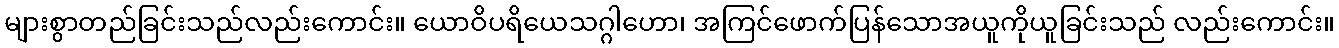
များစွာတည်ခြင်းသည်လည်းကောင်း။ ယောဝိပရိယေသဂ္ဂါဟော၊ အကြင်ဖောက်ပြန်သောအယူကိုယူခြင်းသည် လည်းကောင်း။